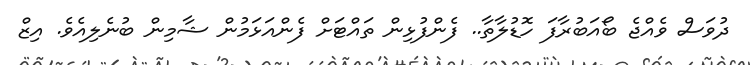
ދުވަސް ވެއްޖެ ބޯއަބުރާފަ ހޮޑުލާތާ.. ފެންފުޅިން ތައްޓަށް ފެންއަޅަމުން ޝާމިން ބުނެލިއެވެ. އިޒް